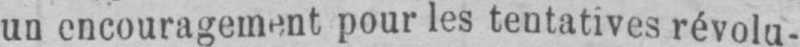
un encouragement pour les tentatives révolu-